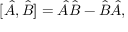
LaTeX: [ { \hat { A } } , { \hat { B } } ] = { \hat { A } } { \hat { B } } - { \hat { B } } { \hat { A } } ,